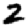
Digit: 2